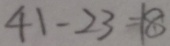
4 1 - 2 3 = 1 8